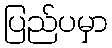
ပြည်ပမှာ